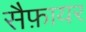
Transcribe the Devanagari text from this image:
सैफ़ायर